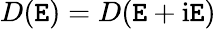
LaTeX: D(\mathtt{E})=D(\mathcal{{\mathtt{E}}}+\mathrm{{i}}\mathfrak{{\mathtt{E}}})